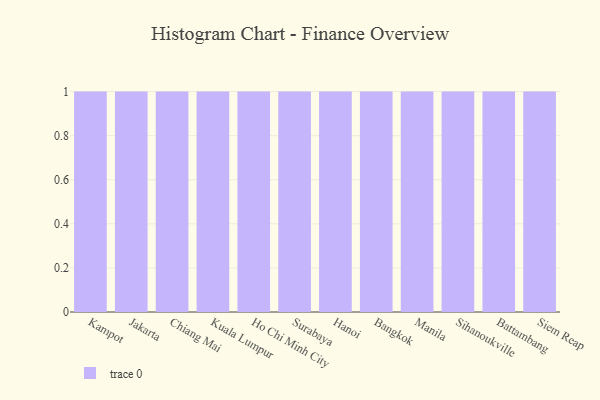
{"axis": {"x": "City", "y": "Revenue (USD Million)"}, "legend": [""], "data": [{"x": "Kampot", "y": 59, "type": ""}, {"x": "Jakarta", "y": 100, "type": ""}, {"x": "Chiang Mai", "y": 75, "type": ""}, {"x": "Kuala Lumpur", "y": 33, "type": ""}, {"x": "Ho Chi Minh City", "y": 68, "type": ""}, {"x": "Surabaya", "y": 97, "type": ""}, {"x": "Hanoi", "y": 68, "type": ""}, {"x": "Bangkok", "y": 24, "type": ""}, {"x": "Manila", "y": 20, "type": ""}, {"x": "Sihanoukville", "y": 92, "type": ""}, {"x": "Battambang", "y": 100, "type": ""}, {"x": "Siem Reap", "y": 96, "type": ""}]}